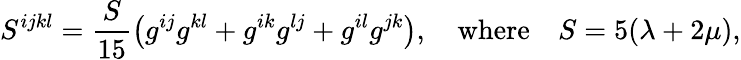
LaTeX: S^{ijkl}=\frac S{15}\left(g^{ij}g^{kl}+g^{ik}g^{lj}+g^{il}g^{jk}\right),\quad\mathrm{where}\quad S=5(\lambda+2\mu),